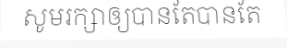
សូមរក្សាឲ្យបានតែបានតែ